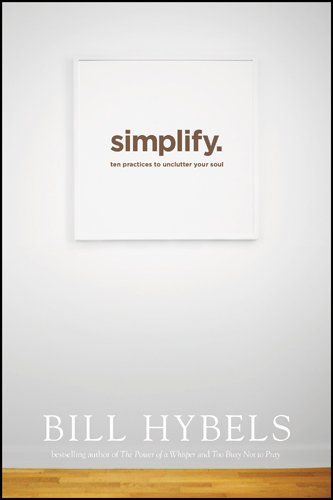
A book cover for Simplify: Ten Practices to Unclutter Your Soul; Bill Hybels; Christian Books & Bibles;